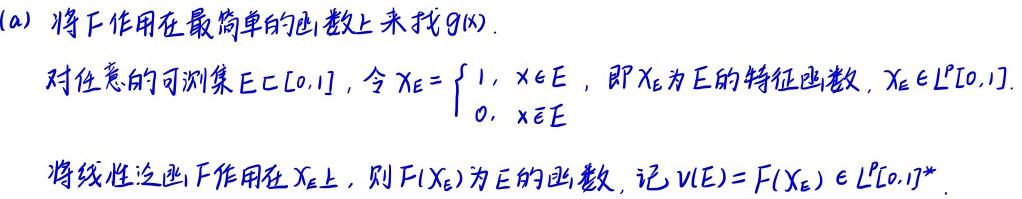
(a) 将$F$作用在最简单的函数上来找$g(x)$.

对任意的可测集$E\subset [0,1]$, 令$\chi_E = \begin{cases} 1, & x\in E \\ 0, & x\notin E \end{cases}$, 即$\chi_E$为$E$的特征函数, $\chi_E\in L^p[0,1]$.

将线性泛函$F$作用在$\chi_E$上, 则$F(\chi_E)$为$E$的函数, 记$v(E)=F(\chi_E)\in L^p[0,1]^*$.